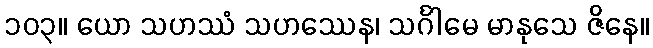
၁၀၃။ ယော သဟဿံ သဟဿေန၊ သင်္ဂါမေ မာနုသေ ဇိနေ။